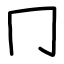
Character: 冂